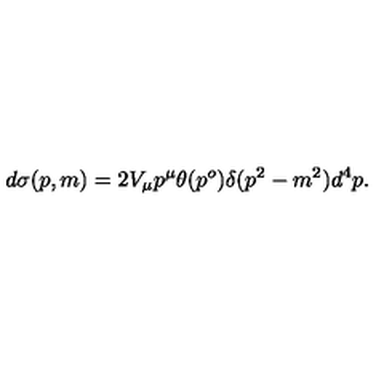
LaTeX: d \sigma ( p , m ) = 2 V _ { \mu } p ^ { \mu } \theta ( p ^ { o } ) \delta ( p ^ { 2 } - m ^ { 2 } ) d ^ { 4 } p .